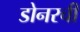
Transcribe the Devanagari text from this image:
डोनरची